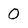
Character: 0